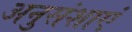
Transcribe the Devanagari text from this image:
अनुसंशाएं